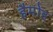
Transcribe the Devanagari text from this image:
हैमोंड